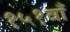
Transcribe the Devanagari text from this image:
१५१वाँ